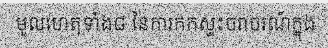
មូលហេតុទាំង៨ នៃការកកស្ទះចរាចរណ៍ក្នុង